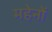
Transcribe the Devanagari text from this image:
महेनों